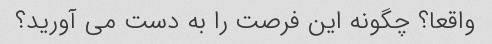
واقعا؟ چگونه این فرصت را به دست می آورید؟